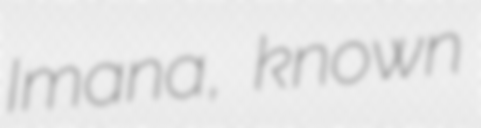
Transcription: Imana, known